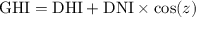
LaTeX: { \mathrm { G H I } } = { \mathrm { D H I } } + { \mathrm { D N I } } \times \cos ( z )